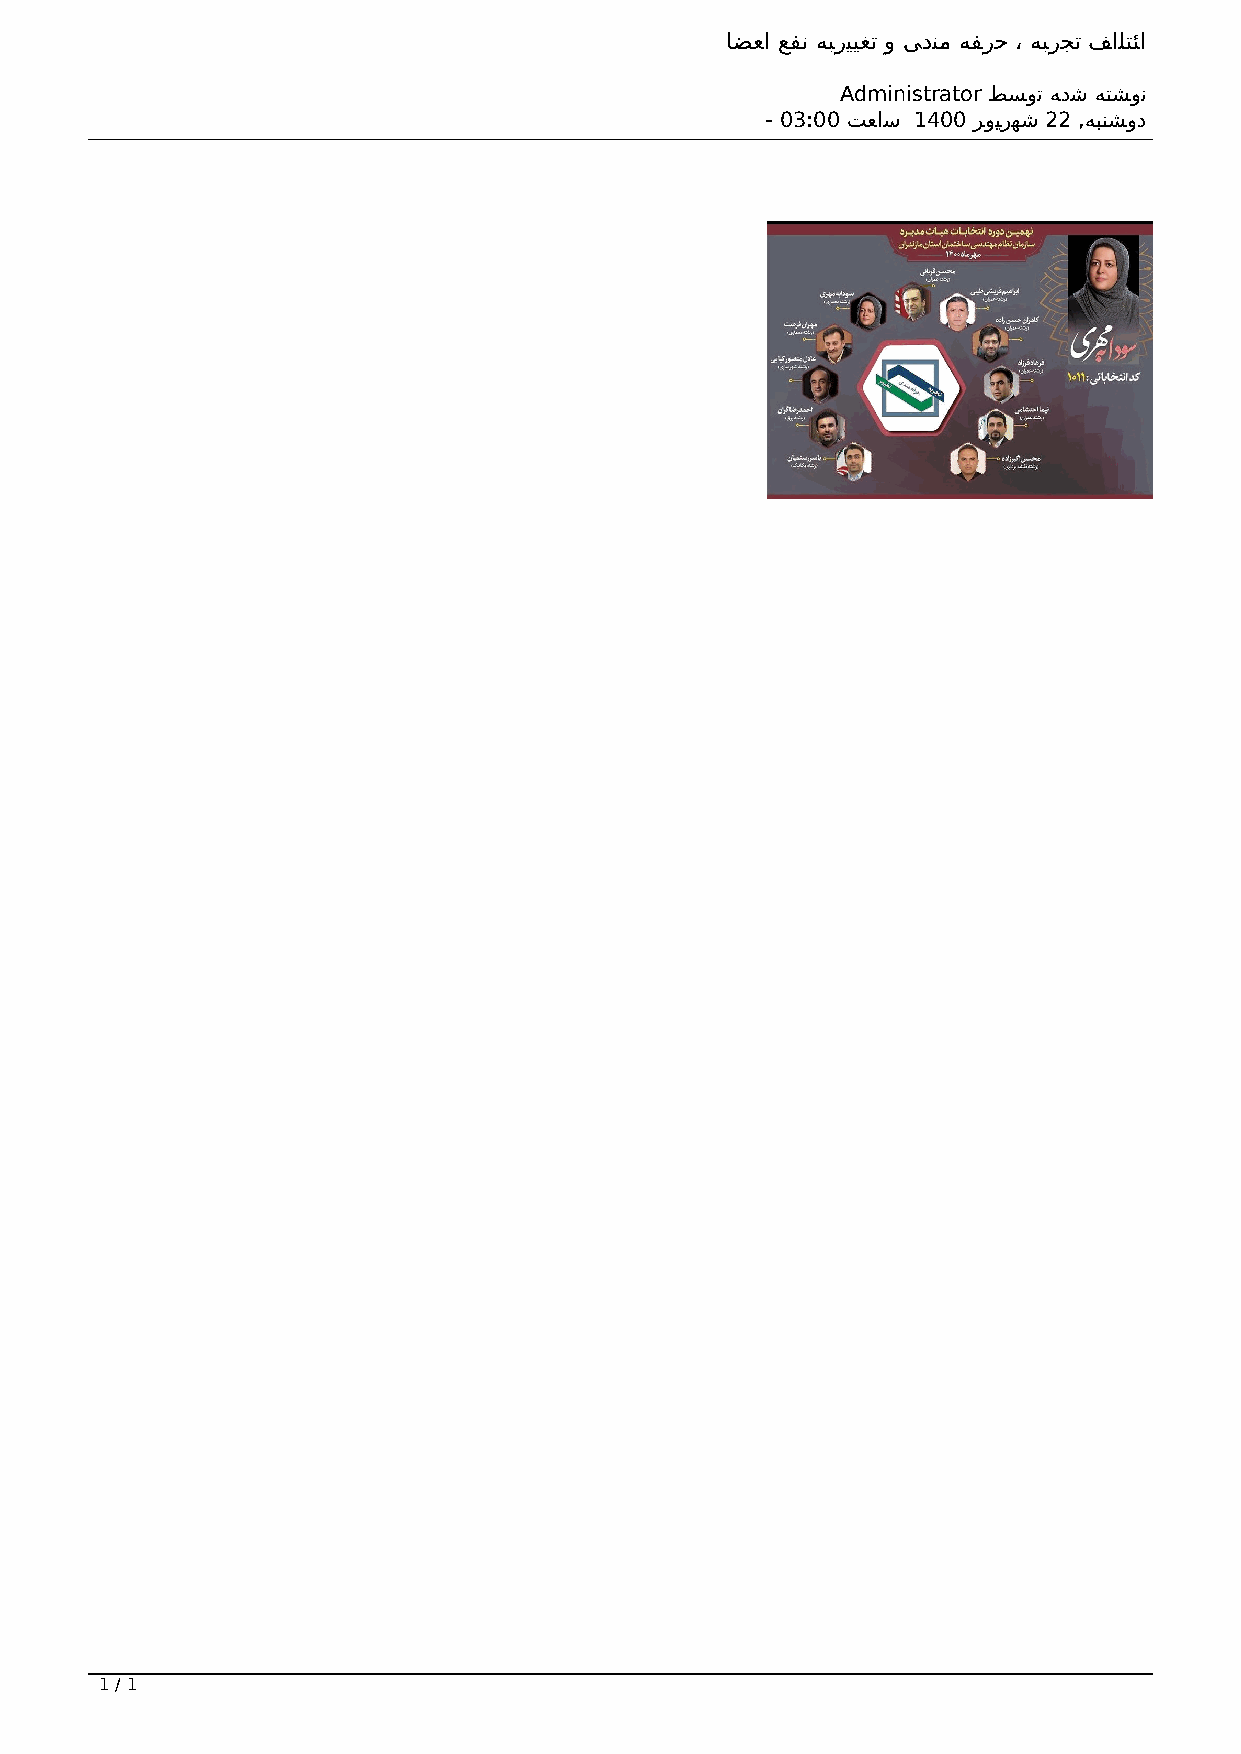
ﺎﻀﻌا ﻊﻔﻧ ﻪﺒرﯿﯿﻐﺗ ﻭ ﯽدﻨﻣ ﻪﻔرﺣ ، ﻪﺒرﺠﺗ ﻒاﻠﺘﺌا
 Administrator ﻂﺴوﺗ ﻪدﺷ ﻪﺘﺸوﻧ
 - 03:00 ﺖﻌاﺳ 1400 ﺮوﯿرﻬﺷ 22 ,ﻪﺒﻨﺸود
 1 / 1